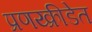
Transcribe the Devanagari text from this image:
प्रणय्क्रीडेत